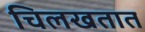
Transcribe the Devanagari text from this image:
चिलखतात